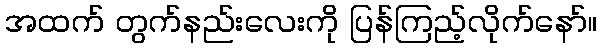
အထက် တွက်နည်းလေးကို ပြန်ကြည့်လိုက်နော်။